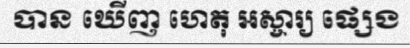
បាន ឃើញ ហេតុ អស្ចារ្យ ផ្សេង